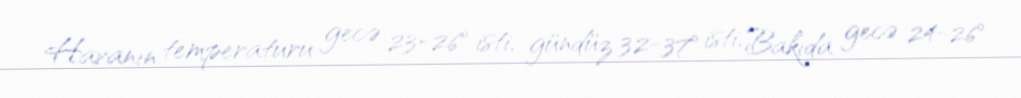
Havanın temperaturu gecə 23-26° isti, gündüz 32-37° isti, Bakıda gecə 24-26°